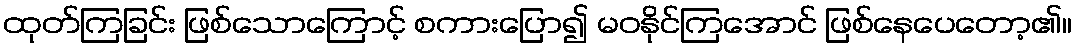
ထုတ်ကြခြင်း ဖြစ်သောကြောင့် စကားပြော၍ မဝနိုင်ကြအောင် ဖြစ်နေပေတော့၏။